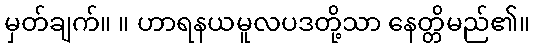
မှတ်ချက်။ ။ ဟာရနယမူလပဒတို့သာ နေတ္တိမည်၏။